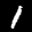
Label: 1